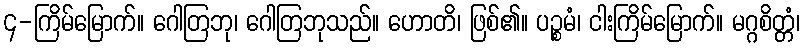
၄-ကြိမ်မြောက်။ ဂေါတြဘု၊ ဂေါတြဘုသည်။ ဟောတိ၊ ဖြစ်၏။ ပဉ္စမံ၊ ငါးကြိမ်မြောက်။ မဂ္ဂစိတ္တံ၊